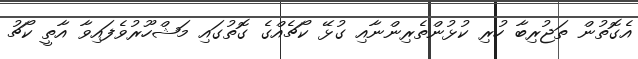
އެގޮތުން ތަޖުރިބާ ހުރި ކުޅުންތެރިންނާއި ގުޅޭ ކޯޗެއްގެ ގޮތުގައި މަޝްހޫރުވެފައިވާ އާތީ ކޯޗު